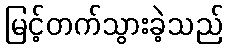
မြင့်တက်သွားခဲ့သည်